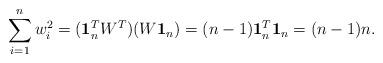
LaTeX: \begin{align*}\sum_{i=1}^n w_i^2=({\bf 1}_n^T W^T)(W{\bf 1}_n)=(n-1){\bf 1}_n^T {\bf 1}_n=(n-1)n. \end{align*}